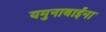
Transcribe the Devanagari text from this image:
यमुनाबाईंना